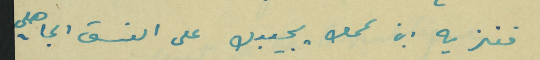
فنزيه ابن عمك يجيبك على النسق الجاهلي